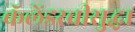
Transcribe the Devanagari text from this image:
कॅलेंडरचीसुद्घा